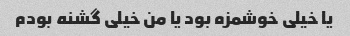
یا خیلی خوشمزه بود یا من خیلی گشنه بودم